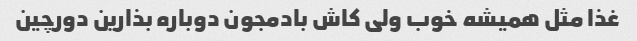
غذا مثل همیشه خوب ولی کاش بادمجون دوباره بذارین دورچین